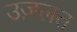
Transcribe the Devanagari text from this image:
उज़लत